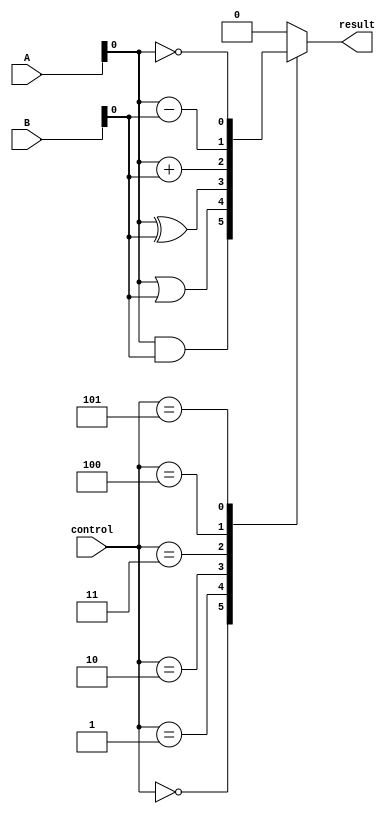
module ALU_1bit (
    input [1:0] A, B,
    input [2:0] control,
    output reg result
);

always @(*)
begin
    case(control)
        3'b000: result = A & B; // AND operation
        3'b001: result = A | B; // OR operation
        3'b010: result = A ^ B; // XOR operation
        3'b011: result = A + B; // Addition operation
        3'b100: result = A - B; // Subtraction operation
        3'b101: result = ~A;    // NOT operation
        default: result = 2'b00; // Default to 0
    endcase
end

endmodule